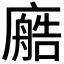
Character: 𫸂